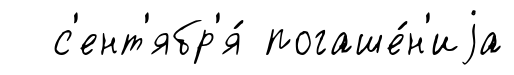
с'ент'ябр'я́ погаше́н'иjа